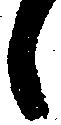
候